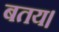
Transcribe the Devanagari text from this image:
बतय।